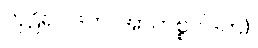
ကုဠိရပါဒက၊ အာဟစ္စပါဒက).